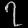
Digit: ၇